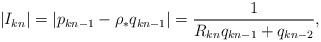
LaTeX: \begin{align*} |I_{k n}|=|p_{k n-1} - \rho_* q_{k n-1}| = {1 \over R_{k n} q_{k n-1} + q_{k n-2}}, \end{align*}